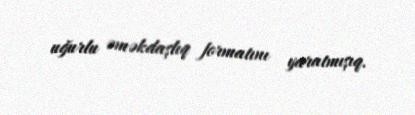
uğurlu əməkdaşlıq formatını yaratmışıq.